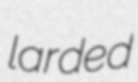
larded